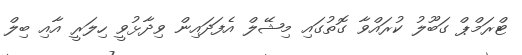
ޓްރަމްޕް ގަބޫލު ކުރައްވާ ގޮތުގައި މިޝޭލް އެފަދައިން ވިދާޅުވީ ހިލަރީ އާއި ބިލް